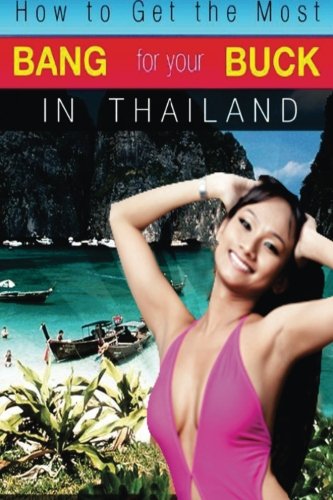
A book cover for How to Get the Most Bang for Your Buck in Thailand (Volume 1); M. Schwartz; Travel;